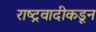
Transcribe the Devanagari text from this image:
राष्ट्रवादीकडून